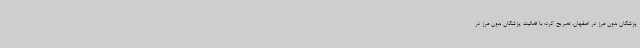
پزشکان بدون مرز در اصفهان، تصریح کرد: با فعالیت پزشکان بدون مرز در